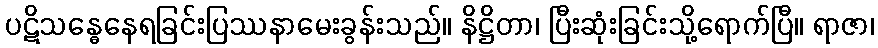
ပဋိသန္ဓေနေရခြင်းပြဿနာမေးခွန်းသည်။ နိဋ္ဌိတာ၊ ပြီးဆုံးခြင်းသို့ရောက်ပြီ။ ရာဇာ၊